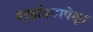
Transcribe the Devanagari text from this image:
वर्‍हांड्यापेक्षा